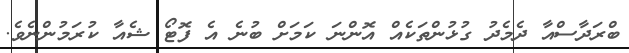
ބްރަދާސްއާ ދެމެދު ގުޅުންތަކެއް އޮންނަ ކަމަށް ބުނެ އެ ފޮޓޯ ޝެއާ ކުރަމުންނެވެ.